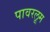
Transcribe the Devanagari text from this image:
पावरलूम